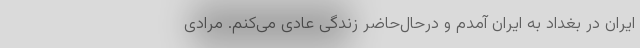
ایران در بغداد به ایران آمدم و در‌حال‌حاضر زندگی عادی می‌کنم. مرادی